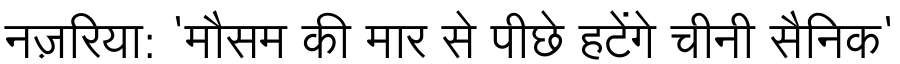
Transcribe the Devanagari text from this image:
नज़रिया: 'मौसम की मार से पीछे हटेंगे चीनी सैनिक'